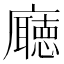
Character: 廰